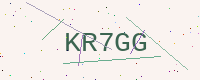
Text: KR7GG